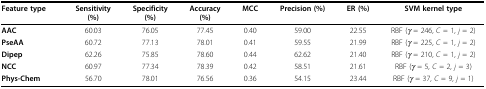
| Feature type | Sensitivity(%) | Specificity(%) | Accuracy(%) | MCC | Precision (%) | ER (%) | SVM kernel type |
 | --- | --- | --- | --- | --- | --- | --- | --- |
 | AAC | 60.03 | 76.05 | 77.45 | 0.40 | 59.00 | 22.55 | RBF (γ = 246, C = 1, j = 2) |
 | PseAA | 60.72 | 77.13 | 78.01 | 0.41 | 59.55 | 21.99 | RBF (γ = 225, C = 1, j = 2) |
 | Dipep | 62.26 | 75.85 | 78.60 | 0.44 | 62.62 | 21.40 | RBF (γ = 210, C = 1, j = 2) |
 | NCC | 60.97 | 77.34 | 78.39 | 0.42 | 58.51 | 21.61 | RBF (γ = 5, C = 2, j = 3) |
 | Phys-Chem | 56.70 | 78.01 | 76.56 | 0.36 | 54.15 | 23.44 | RBF (γ = 37, C = 9, j = 1) |